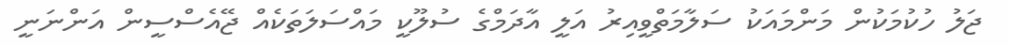
ޖަލު ހުކުމަކުން މަންމައަކު ސަލާމަތްވީއިރު އަލީ އާދަމްގެ ސުލޫކީ މައްސަލަތަކެއް ޖޭއެސްސީން އަންނަނީ